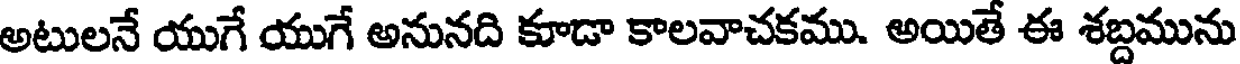
అటులనే యుగే యుగే అనునది కూడా కాలవాచకము. అయితే ఈ శబ్దమును